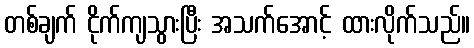
တစ်ချက် ငိုက်ကျသွားပြီး အသက်အောင့် ထားလိုက်သည်။